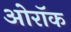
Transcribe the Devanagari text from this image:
ओरॉक